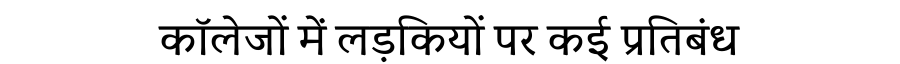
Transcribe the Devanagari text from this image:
कॉलेजों में लड़कियों पर कई प्रतिबंध